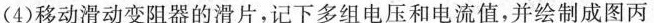
(4)移动滑动变阻器的滑片，记下多组电压和电流值，并绘制成图丙